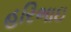
હરિભાઇ